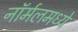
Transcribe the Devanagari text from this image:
नॉर्मलमध्ये